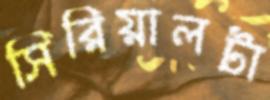
সিরিয়ালটা